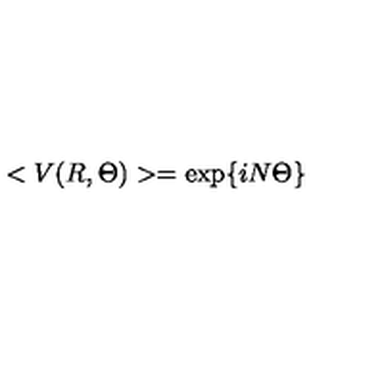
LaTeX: < V ( R , \Theta ) > = \exp \{ i N \Theta \}